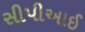
સીપીઆઈ